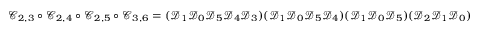
\mathscr C _ { 2 , 3 } \circ \mathscr C _ { 2 , 4 } \circ \mathscr C _ { 2 , 5 } \circ \mathscr C _ { 3 , 6 } = ( \mathscr D _ { 1 } \mathscr D _ { 0 } \mathscr D _ { 5 } \mathscr D _ { 4 } \mathscr D _ { 3 } ) ( \mathscr D _ { 1 } \mathscr D _ { 0 } \mathscr D _ { 5 } \mathscr D _ { 4 } ) ( \mathscr D _ { 1 } \mathscr D _ { 0 } \mathscr D _ { 5 } ) ( \mathscr D _ { 2 } \mathscr D _ { 1 } \mathscr D _ { 0 } )